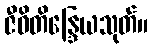
ဇီဝိတိန္ဒြေယသုတ်။